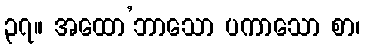
၃၇။ အထော’ဘာသော ပကာသော စာ၊